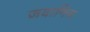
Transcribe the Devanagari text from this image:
जवाणिक